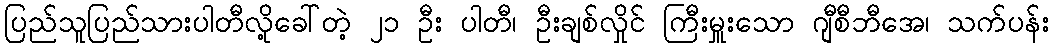
ပြည်သူပြည်သားပါတီလို့ခေါ်တဲ့ ၂၁ ဦး ပါတီ၊ ဦးချစ်လှိုင် ကြီးမှူးသော ဂျီစီဘီအေ၊ သက်ပန်း